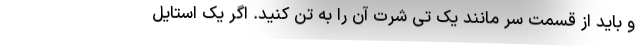
و باید از قسمت سر مانند یک تی شرت آن را به تن کنید. اگر یک استایل